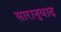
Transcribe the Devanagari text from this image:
सारानुवाद